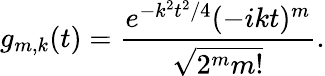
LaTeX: g_{m,k}(t)=\frac{e^{-k^{2}t^{2}/4}(-ikt)^{m}}{\sqrt{2^{m}m!}}.